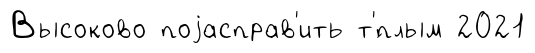
Высоково поjасправ'ить т'́плым 2021